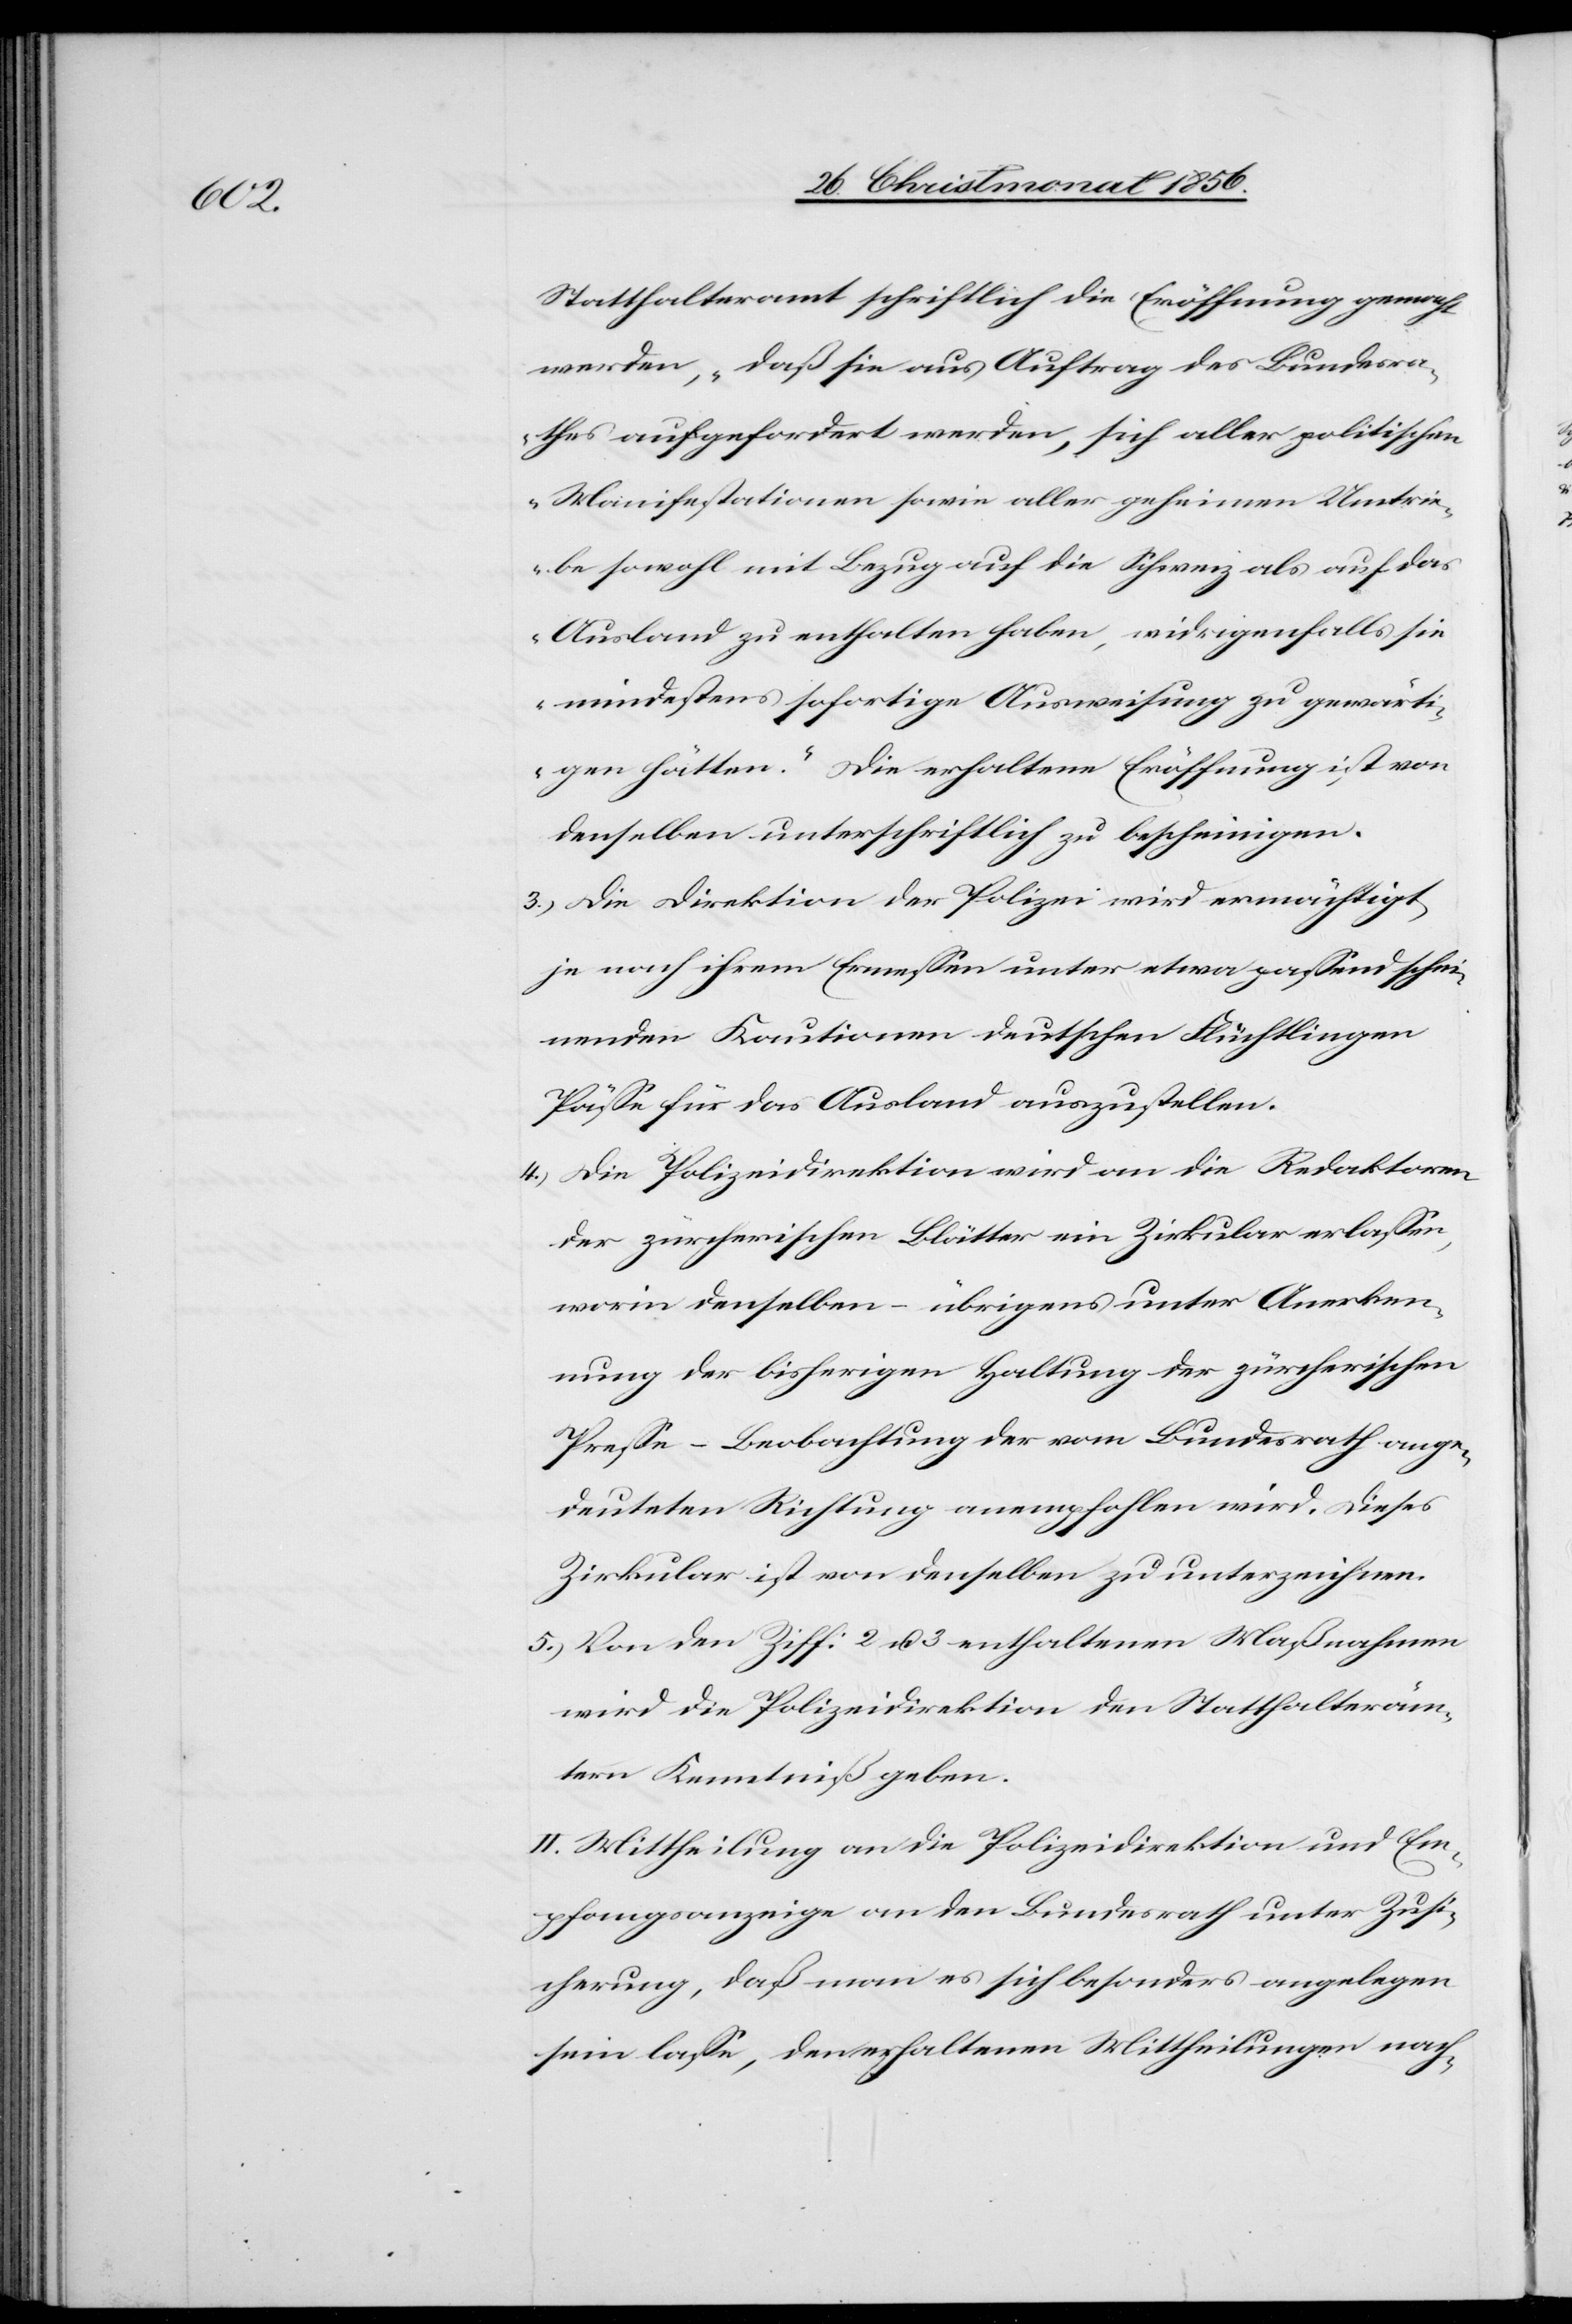
Statthalteramt schriftlich die Eröffnung gemacht
werden, „daß sie aus Auftrag des Bundesra¬
thes aufgefordert werden, sich aller politischen
Manifestationen sowie aller geheimen Umtrie¬
be sowohl mit Bezug auf die Schweiz als auf das
Ausland zu enthalten haben, widrigenfalls sie
mindestens sofortige Ausweisung zu gewärti¬
gen hätten.“ Die erhaltene Eröffnung ist von
denselben unterschriftlich zu bescheinigen.
3.) Die Direktion der Polizei wird ermächtigt,
je nach ihrem Ermessen unter etwa passend schei¬
nenden Kautionen deutschen Flüchtlingen
Pässe für das Ausland auszustellen.
4.) Die Polizeidirektion wird an die Redaktoren
der zürcherischen Blätter ein Zirkular erlassen,
worin denselben – übrigens unter Anerken¬
nung der bisherigen Haltung der zürcherischen
Presse – Beobachtung der vom Bundesrath ange¬
deuteten Richtung anempfohlen wird. Dieses
Zirkular ist von denselben zu unterzeichnen.
5.) Von den Ziff: 2 u. 3 enthaltenen Maßnahmen
wird die Polizeidirektion den Statthalteräm¬
tern Kenntniß geben.
II. Mittheilung an die Polizeidirektion und Em¬
pfangsanzeige an den Bundesrath unter Zusi¬
cherung, daß man es sich besonders angelegen
sein lasse, den erhaltenen Mittheilungen nach-